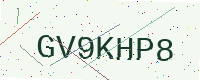
Text: GV9KHP8